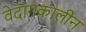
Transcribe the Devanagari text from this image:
वेदांगकालीन